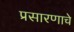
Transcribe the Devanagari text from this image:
प्रसारणाचे